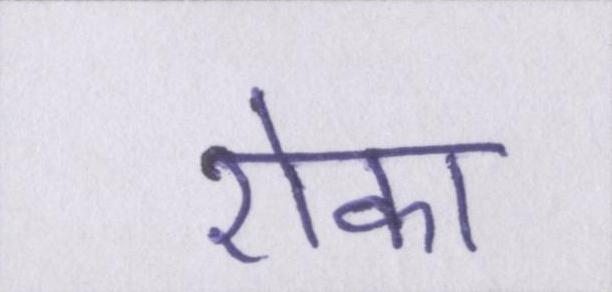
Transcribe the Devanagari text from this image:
रोका